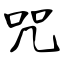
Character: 咒